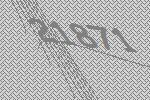
21871